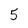
Character: 5